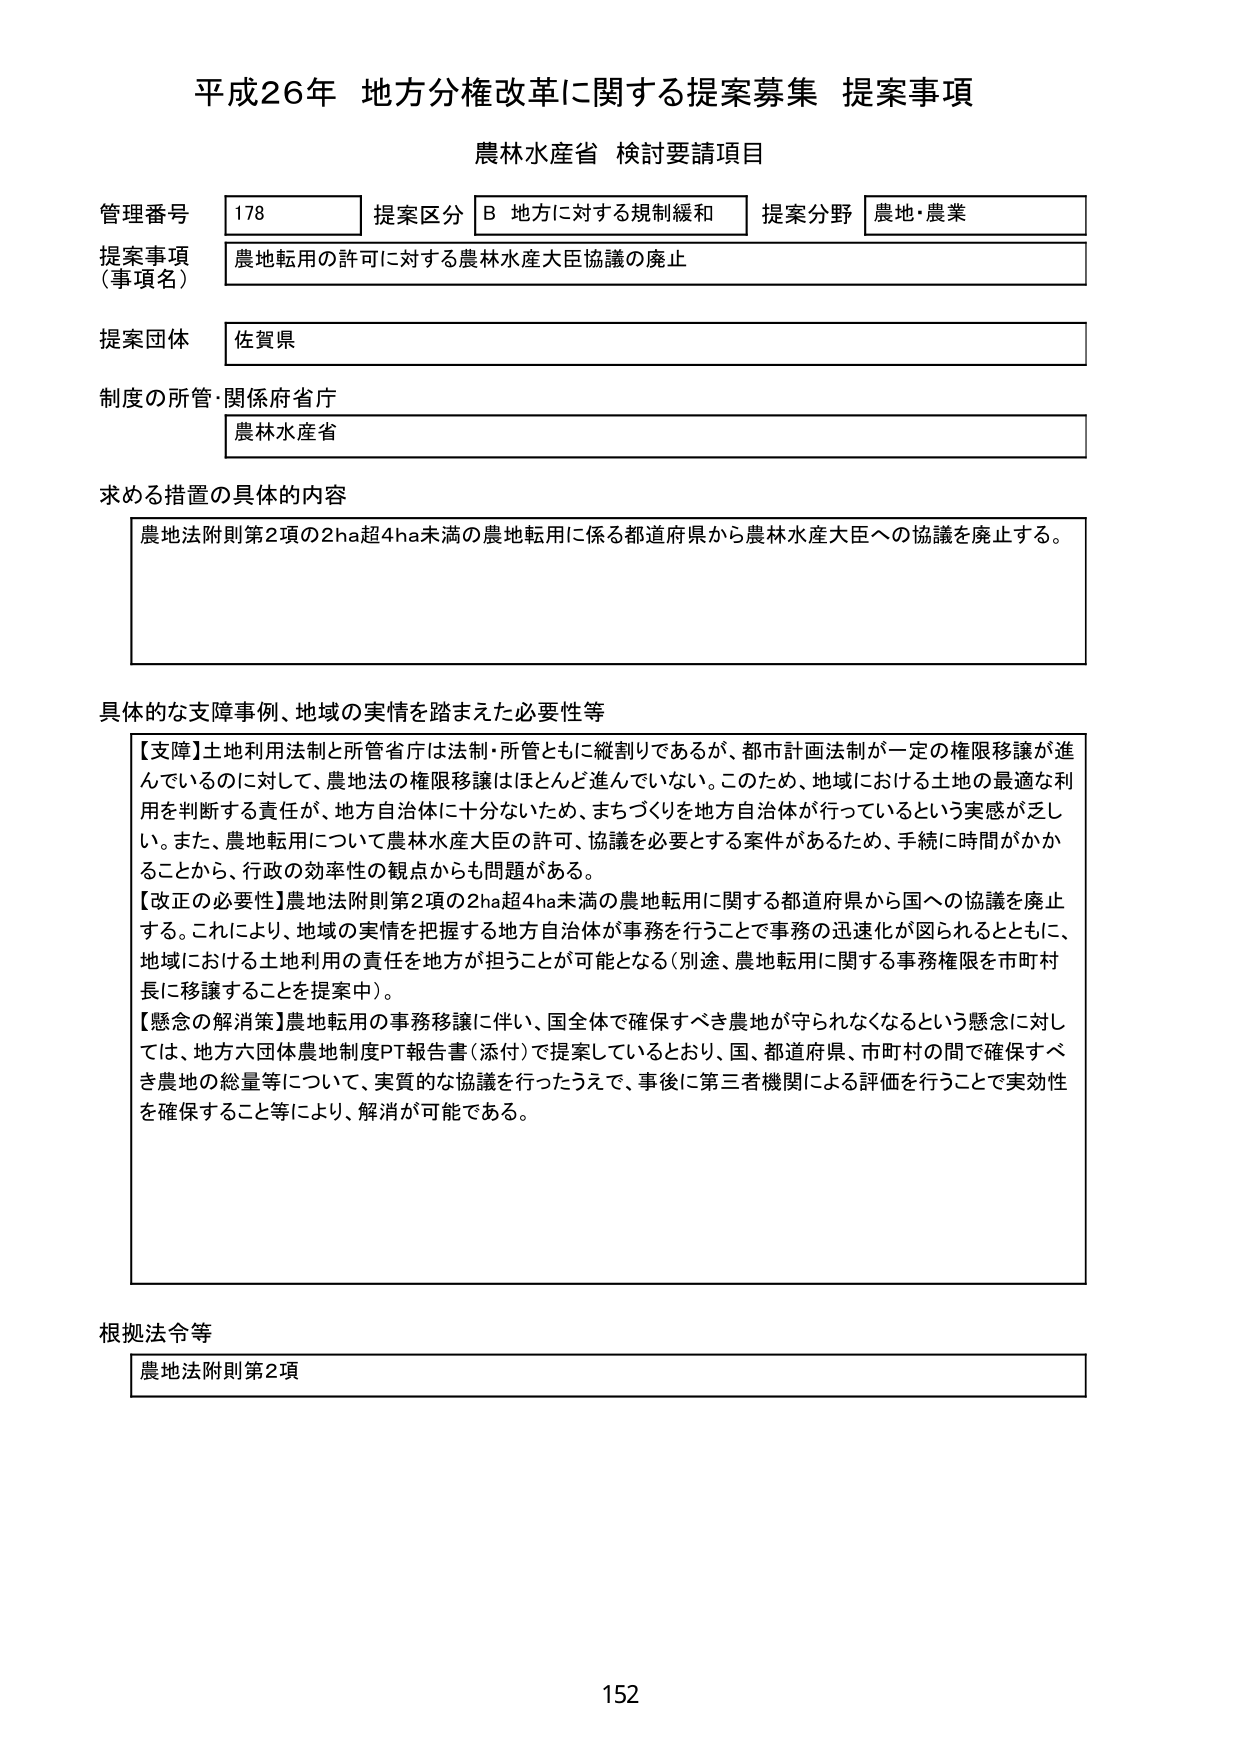
平成26年 地方分権改革に関する提案募集 提案事項
農林水産省 検討要請項目

管理番号 178 提案区分 B 地方に対する規制緩和 提案分野 農地・農業
提案事項（事項名） 農地転用の許可に対する農林水産大臣協議の廃止
提案団体 佐賀県
制度の所管・関係府省庁 農林水産省

求める措置の具体的内容
農地法附則第2項の2ha超4ha未満の農地転用に係る都道府県から農林水産大臣への協議を廃止する。

具体的な支障事例、地域の実情を踏まえた必要性等
【支障】土地利用法制と所管省庁は法制・所管ともに縦割りであるが、都市計画法制が一定の権限移譲が進んでいるのに対して、農地法の権限移譲はほとんど進んでいない。このため、地域における土地の最適な利用を判断する責任が、地方自治体に十分ないため、まちづくりを地方自治体が行っているという実感が乏しい。また、農地転用について農林水産大臣の許可、協議を必要とする案件があるため、手続に時間がかかることから、行政の効率性の観点からも問題がある。
【改正の必要性】農地法附則第2項の2ha超4ha未満の農地転用に関する都道府県から国への協議を廃止する。これにより、地域の実情を把握する地方自治体が事務を行うことで事務の迅速化が図られるとともに、地域における土地利用の責任を地方が担うことが可能となる（別途、農地転用に関する事務権限を市町村長に移譲することを提案中）。
【懸念の解消策】農地転用の事務譲渡に伴い、国全体で確保すべき農地が守られなくなるという懸念に対しては、地方六団体農地制度PT報告書（添付）で提案しているとおり、国、都道府県、市町村の間で確保すべき農地の総量等について、実質的な協議を行ったうえで、事後に第三者機関による評価を行うことで実効性を確保すること等により、解消が可能である。

根拠法令等
農地法附則第2項

152